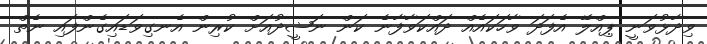
ވިދާޅުވަނީ ޕިއްލޭ އެފަދަ ވާހަކައެއް ދައްކަވާފާނެ ކަން ނަޝީދުއަށް ކުރިން އެނގިވަޑައިގެންފައި ނެތް